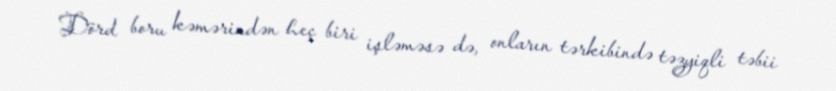
Dörd boru kəmərindən heç biri işləməsə də, onların tərkibində təzyiqli təbii